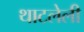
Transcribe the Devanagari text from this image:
थाटलेली